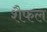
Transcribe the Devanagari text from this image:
शैफल